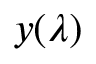
y ( \lambda )